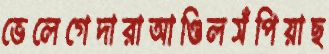
ভেলেগেদারাআণ্ডিলসঁপিয়াছ